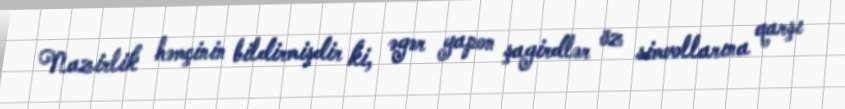
Nazirlik həmçinin bildirmişdir ki, əgər yapon şagirdlər öz simvollarına qarşı